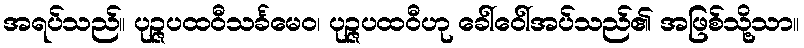
အရပ်သည်။ ပုဉ္ဇပထဝီသင်္ခမေဝ၊ ပုဉ္ဇပထဝီဟု ခေါ်ဝေါ်အပ်သည်၏ အဖြစ်သို့သာ။